Leaving Certificate Examination, 1922
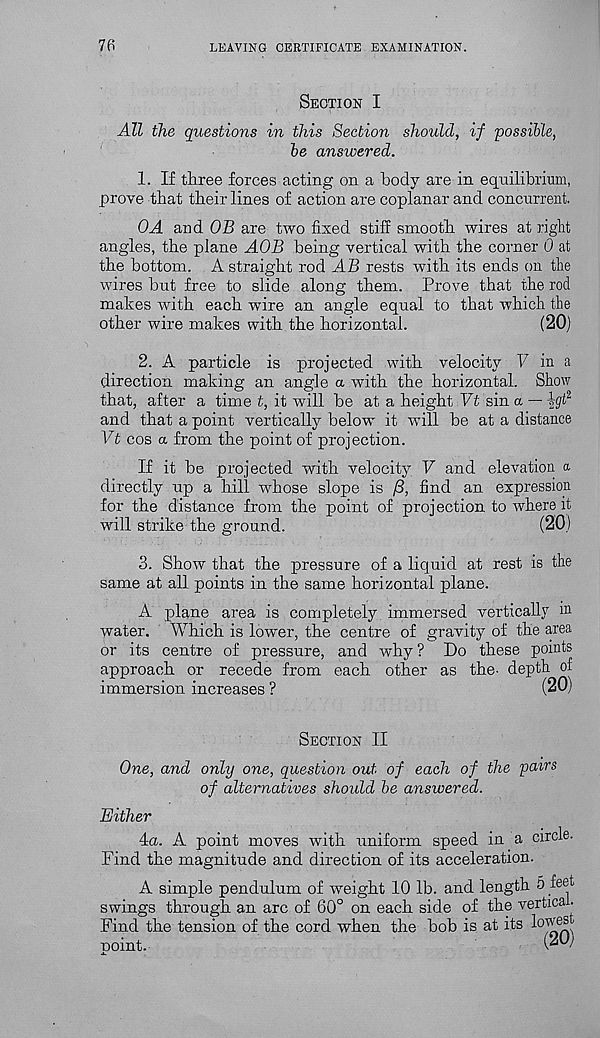
76
LEAVING CERTIFICATE EXAMINATION.
Section I
All the questions in this Section should, if possible,
be answered.
1. If three forces acting on a body are in equilibrium,
prove that their lines of action are coplanar and concurrent.
OA and OB are two fixed stiff smooth wires at right
angles, the plane AOB being vertical with the corner 0 at
the bottom. A straight rod AB rests with its ends on the
wires but free to slide along them. Prove that the rod
makes with each wire an angle equal to that which the
other wire makes with the horizontal.
(20)
2. A particle is projected with velocity T 7 in a
direction making an angle a with the horizontal. Show
that, after a time t, it will be at a height Pt sin a — -Igt 2,
and that a point vertically below it will be at a distance
Vt cos a from the point of projection.
If it be projected with velocity V and elevation a
directly up a hill whose slope is /3, find an expression
for the distance from the point of projection to where it
will strike the ground.
(20)
3. Show that the pressure of a liquid at rest is the
same at all points in the same horizontal plane.
A plane area is completely immersed vertically m
water. Which is lower, the centre of gravity of the area
or its centre of pressure, and why? Do these points
approach or recede from each other as the- depth of
immersion increases ?
(20)
Section II
One, and only one, question out of each of the pairs
of alternatives should be answered.
Either
4a. A point moves with uniform speed in a circle.
Find the magnitude and direction of its acceleration.
A simple pendulum of weight 10 lb. and length 5 feet
swings through an arc of 60° on each side of the vertica ■
Find the tension of the cord when the bob is at its
point.